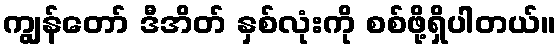
ကျွန်တော် ဒီအိတ် နှစ်လုံးကို စစ်ဖို့ရှိပါတယ်။